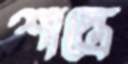
শাস্ত্রে